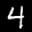
Label: 4